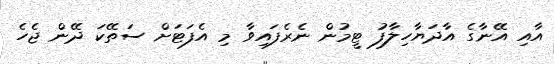
އާއި އޭނާގެ އާދަޔާހިލާފު ޓީމުން ނެރެފައިވާ މި އެފަޓަށް ސަތޭކަ ދޭން ޖެހެ